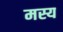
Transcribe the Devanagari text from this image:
मस्य